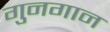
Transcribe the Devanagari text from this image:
गुनगान